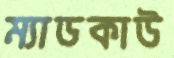
ম্যাডকাউ